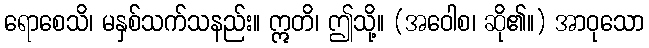
ရောစေသိ၊ မနှစ်သက်သနည်း။ ဣတိ၊ ဤသို့။ (အဝေါစ၊ ဆို၏။) အာဝုသော